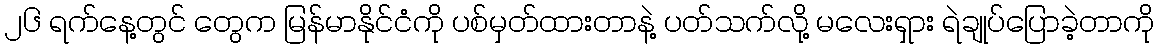
၂၆ ရက်နေ့တွင် တွေက မြန်မာနိုင်ငံကို ပစ်မှတ်ထားတာနဲ့ ပတ်သက်လို့ မလေးရှား ရဲချုပ်ပြောခဲ့တာကို